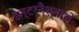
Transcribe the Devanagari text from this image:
इन्टरनैश्नाले